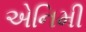
એનિમી